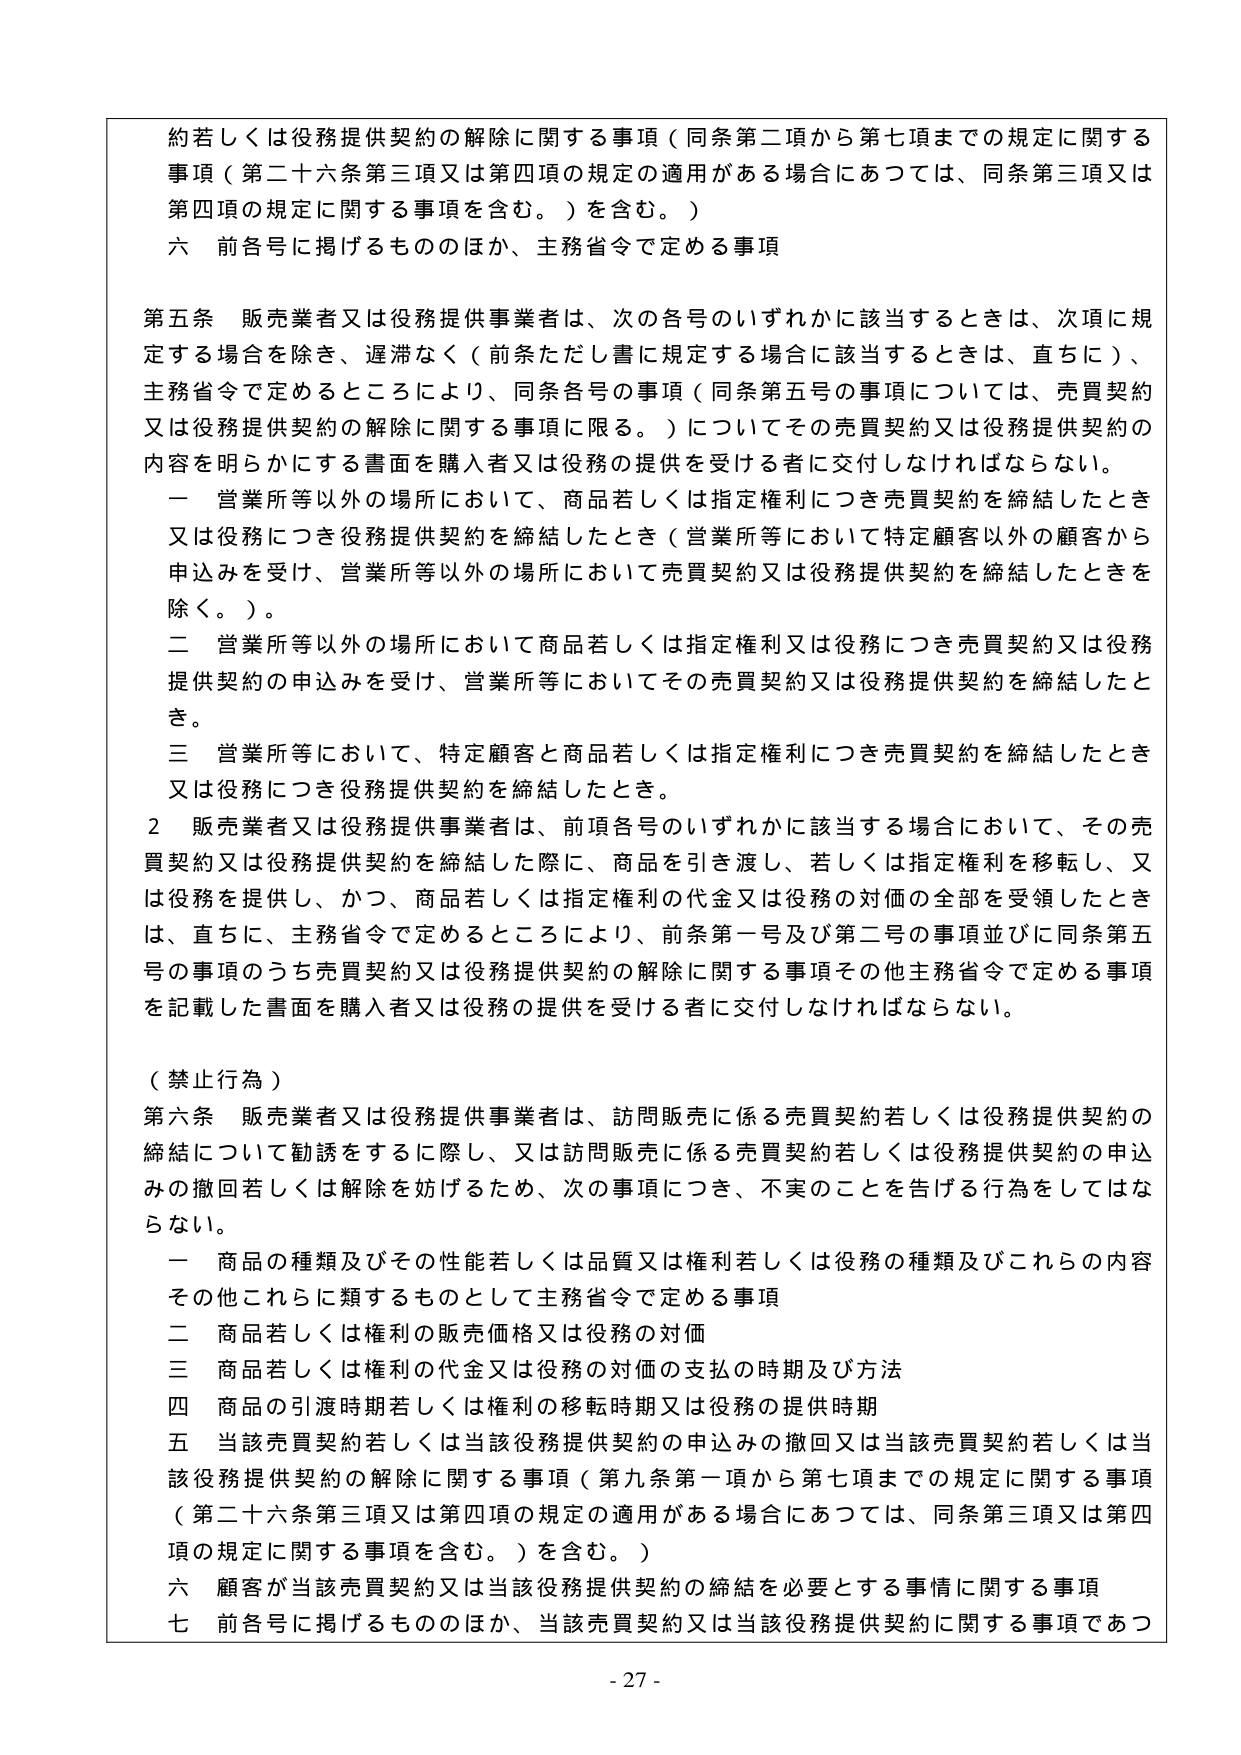
約若しくは役務提供契約の解除に関する事項（同条第二項から第七項までの規定に関する事項（第二十六条第三項又は第四項の規定の適用がある場合にあつては、同条第三項又は第四項の規定に関する事項を含む。）を含む。）

六 前各号に掲げるもののほか、主務省令で定める事項

第五条 販売業者又は役務提供事業者は、次の各号のいずれかに該当するときは、次項に規定する場合を除き、遅滞なく（前条ただし書に規定する場合に該当するときは、直ちに）、主務省令で定めるところにより、同条各号の事項（同条第五号の事項については、売買契約又は役務提供契約の解除に関する事項に限る。）についてその売買契約又は役務提供契約の内容を明らかにする書面を購入者又は役務の提供を受ける者に交付しなければならない。

一 営業所等以外の場所において、商品若しくは指定権利につき売買契約を締結したとき又は役務につき役務提供契約を締結したとき（営業所等において特定顧客以外の顧客から申込みを受け、営業所等以外の場所において売買契約又は役務提供契約を締結したときを除く。）。

二 営業所等以外の場所において商品若しくは指定権利又は役務につき売買契約又は役務提供契約の申込みを受け、営業所等においてその売買契約又は役務提供契約を締結したとき。

三 営業所等において、特定顧客と商品若しくは指定権利につき売買契約を締結したとき又は役務につき役務提供契約を締結したとき。

２ 販売業者又は役務提供事業者は、前項各号のいずれかに該当する場合において、その売買契約又は役務提供契約を締結した際に、商品を引き渡し、若しくは指定権利を移転し、又は役務を提供し、かつ、商品若しくは指定権利の代金又は役務の対価の全部を受領したときは、直ちに、主務省令で定めるところにより、前条第一号及び第二号の事項並びに同条第五号の事項のうち売買契約又は役務提供契約の解除に関する事項その他主務省令で定める事項を記載した書面を購入者又は役務の提供を受ける者に交付しなければならない。

（禁止行為）

第六条 販売業者又は役務提供事業者は、訪問販売に係る売買契約若しくは役務提供契約の締結について勧誘をするに際し、又は訪問販売に係る売買契約若しくは役務提供契約の申込みの撤回若しくは解除を妨げるため、次の事項につき、不実のことを告げる行為をしてはならない。

一 商品の種類及びその性能若しくは品質又は権利若しくは役務の種類及びこれらの内容その他これらに類するものとして主務省令で定める事項

二 商品若しくは権利の販売価格又は役務の対価

三 商品若しくは権利の代金又は役務の対価の支払の時期及び方法

四 商品の引渡時期若しくは権利の移転時期又は役務の提供時期

五 当該売買契約若しくは当該役務提供契約の申込みの撤回又は当該売買契約若しくは当該役務提供契約の解除に関する事項（第九条第一項から第七項までの規定に関する事項（第二十六条第三項又は第四項の規定の適用がある場合にあつては、同条第三項又は第四項の規定に関する事項を含む。）を含む。）

六 顧客が当該売買契約又は当該役務提供契約の締結を必要とする事情に関する事項

七 前各号に掲げるもののほか、当該売買契約又は当該役務提供契約に関する事項であつ

- 27 -